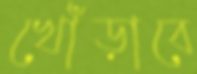
খোঁড়াবে